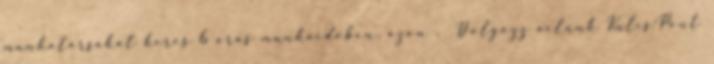
munkatársakat keres 6 órás munkaidőben, azon . Dolgozz velünk Kulcs-Pont